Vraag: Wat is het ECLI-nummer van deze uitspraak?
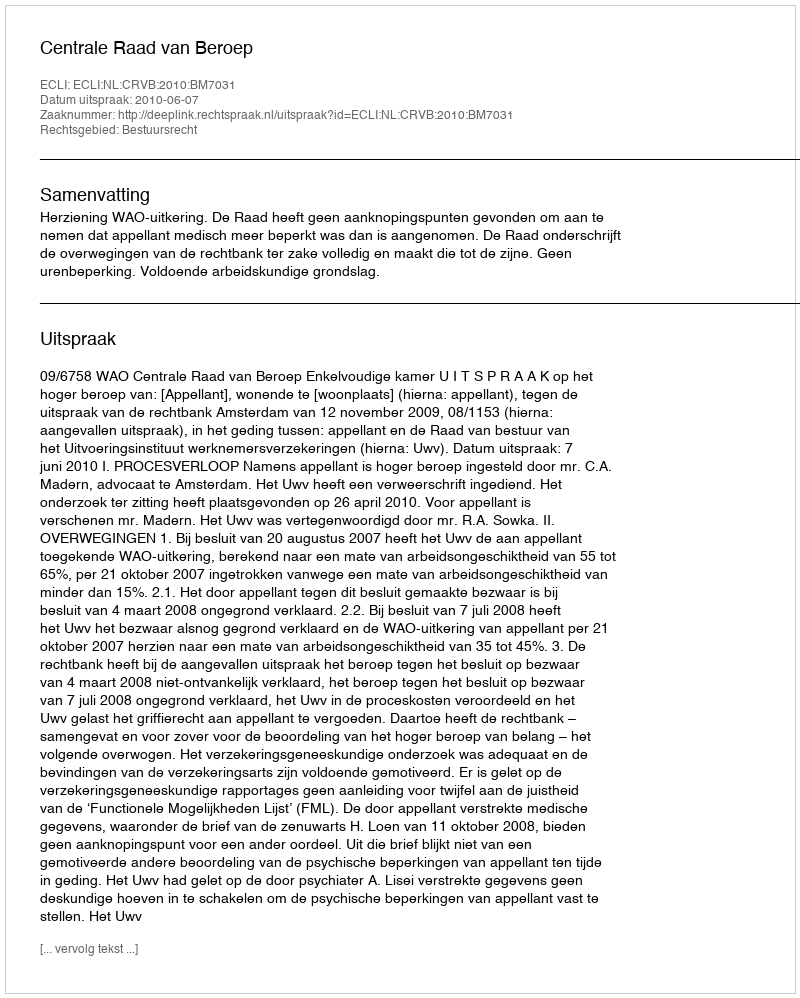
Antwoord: ECLI:NL:CRVB:2010:BM7031